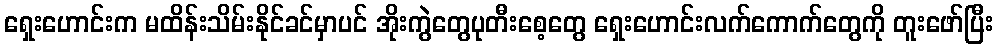
ရှေးဟောင်းက မထိန်းသိမ်းနိုင်ခင်မှာပင် အိုးကွဲတွေပုတီးစေ့တွေ ရှေးဟောင်းလက်ကောက်တွေကို တူးဖော်ပြီး